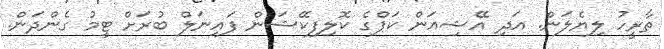
ތާރީހު ލިޔެލަން. އަދި އޭޝިއަން ކަޕްގެ ކޮލިފިކޭޝަން ފައިނަލް ބުރަށް ޓީމު ގެންދަން.